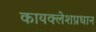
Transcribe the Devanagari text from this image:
कायक्लेशप्रधान